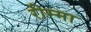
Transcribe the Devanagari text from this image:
रीम्मा